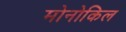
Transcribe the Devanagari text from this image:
मोनोकिल